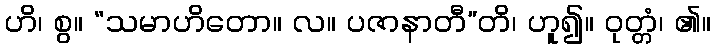
ဟိ၊ စွ။ “သမာဟိတော။ လ။ ပဇာနာတီ”တိ၊ ဟူ၍။ ဝုတ္တံ၊ ၏။